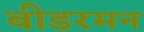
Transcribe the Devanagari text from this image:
बीडरमन